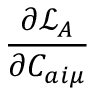
\frac { \partial \mathcal { L } _ { A } } { \partial C _ { a i \mu } }